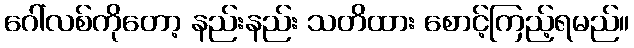
ဂေါ်လစ်ကိုတော့ နည်းနည်း သတိထား စောင့်ကြည့်ရမည်။